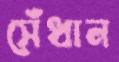
সেঁধান